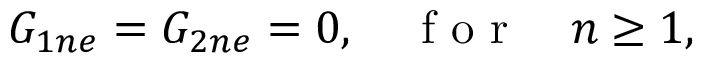
G _ { 1 n e } = G _ { 2 n e } = 0 , \quad \mathrm { ~ f ~ o ~ r ~ } \quad n \geq 1 ,